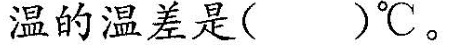
温的温差是()℃。